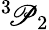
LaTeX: {}^{3}\! \mathscr{P}_{2}